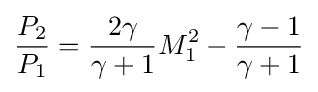
{{\frac {P_{2}}{P_{1}}}={\frac {2\gamma }{\gamma +1}}M_{1}^{2}-{\frac {\gamma -1}{\gamma +1}}}